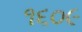
૧૬૦૯